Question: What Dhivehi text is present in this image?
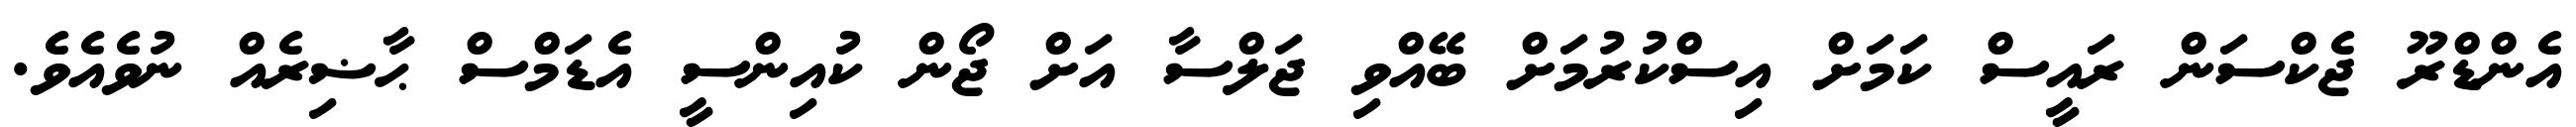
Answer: އެންޑްރޫ ޖެކްސަން ރައީސް ކަމަށް އިސްކުރުމަށް ބޭއްވި ޖަލްސާ އަށް ޖޯން ކުއިންސީ އެޑަމްސް ޙާޟިރެއް ނުވެއެވެ.